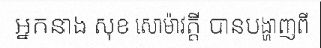
អ្នកនាង សុខ សោម៉ាវត្តី បានបង្ហាញពី